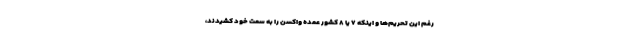
رغم این تحریم‌ها و اینکه ۷ یا ۸ کشور عمده واکسن را به سمت خود کشیدند،